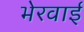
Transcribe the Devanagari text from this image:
भेरवाई